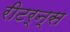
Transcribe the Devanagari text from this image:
रीटर्न्स